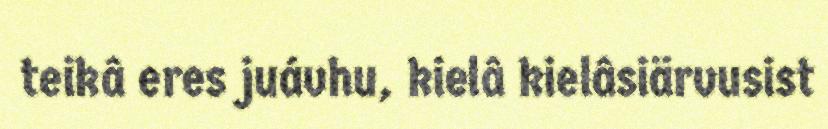
teikâ eres juávhu, kielâ kielâsiärvusist